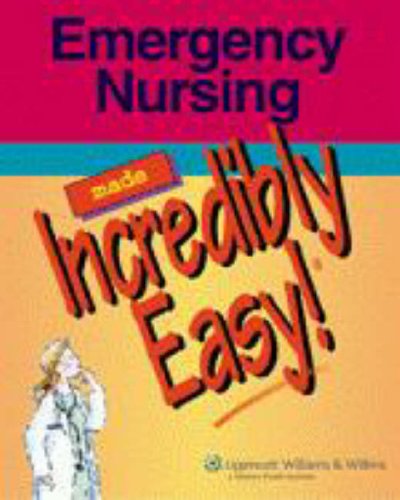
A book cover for Emergency Nursing Made Incredibly Easy! (Incredibly Easy! SeriesÂ®); Springhouse; Medical Books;